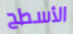
الأسطح